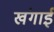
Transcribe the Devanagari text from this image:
खंगाई